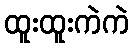
ထူးထူးကဲကဲ